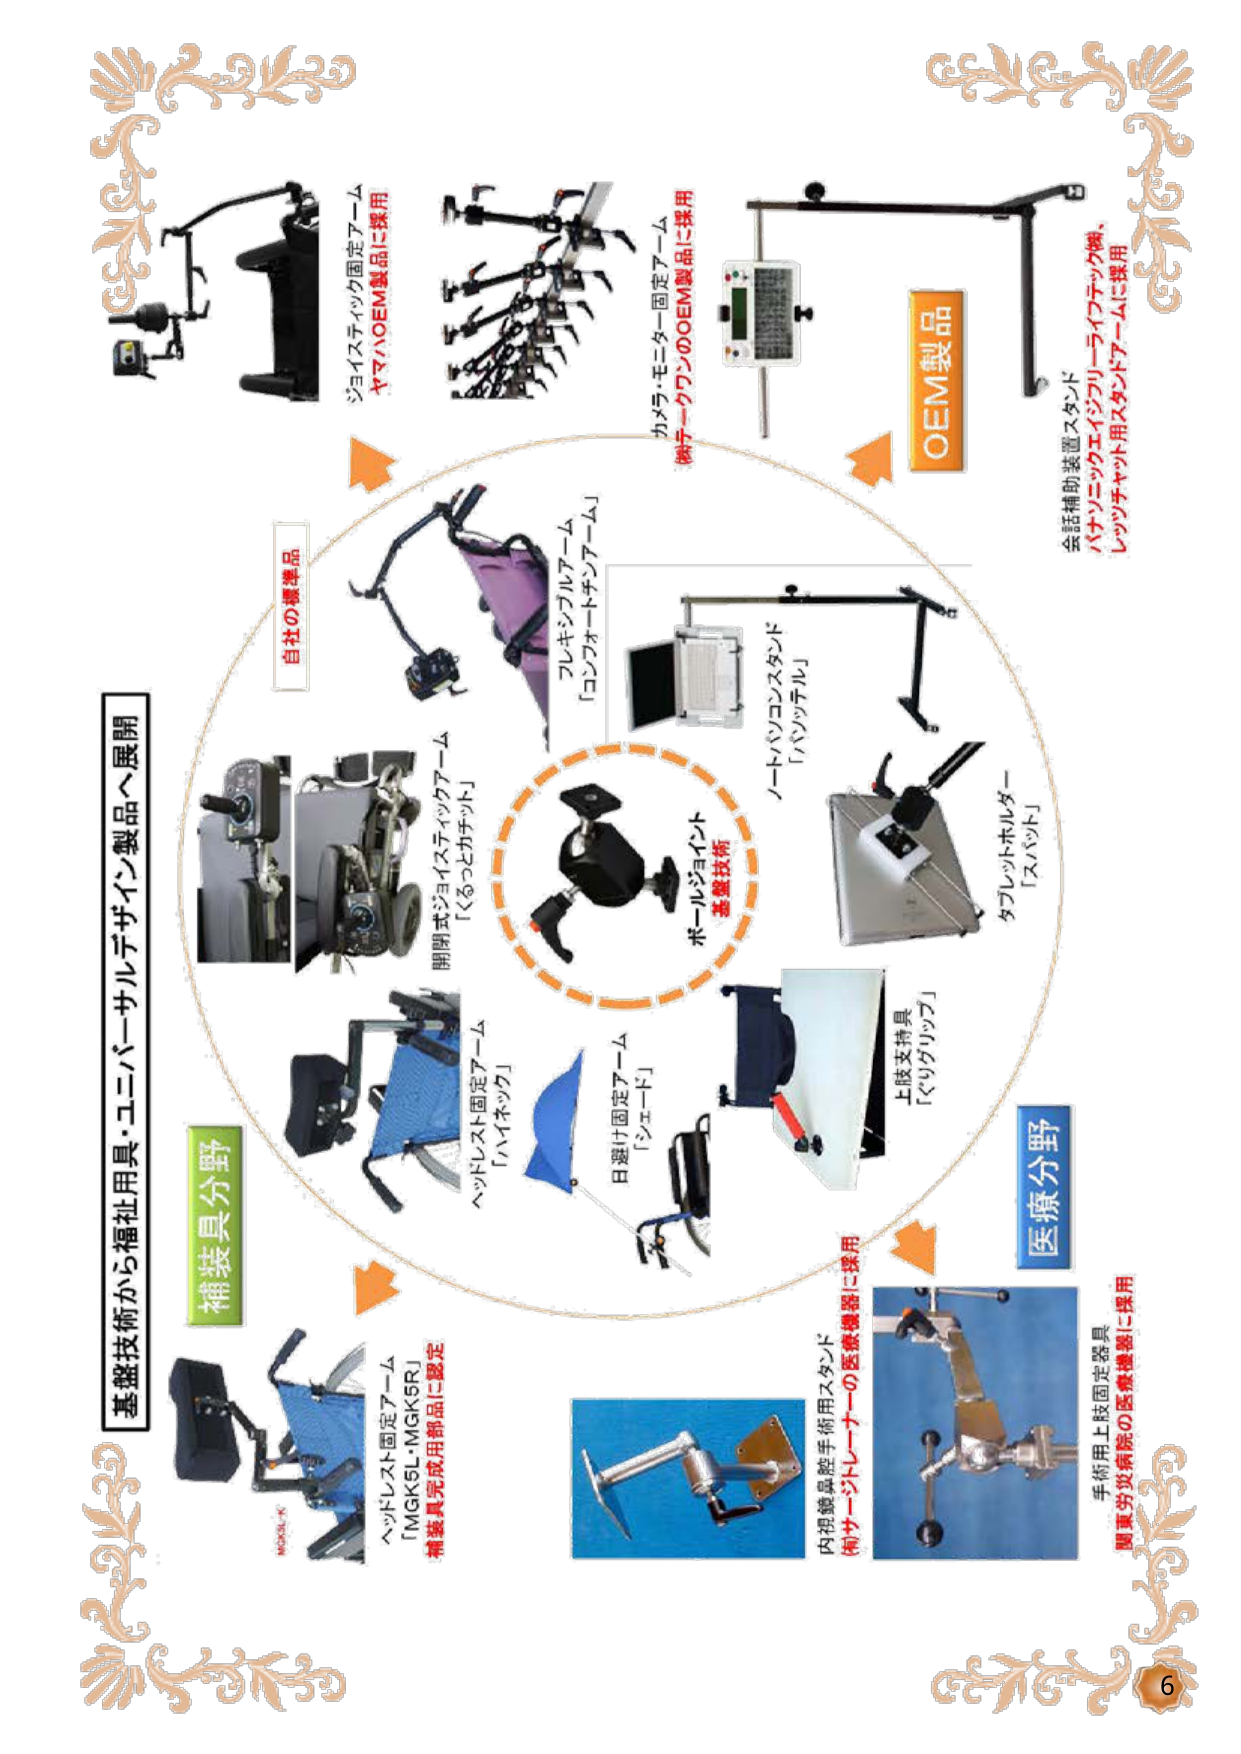
基礎技術から福祉用具・ユニバーサルデザイン製品へ展開

自社の標準品

ジョイスティック固定アーム
ヤマハOEM製品に採用

開閉式ジョイスティックアーム
「くるっとカチット」

ヘッドレスト固定アーム
「ハイネック」

日避け固定アーム
「シェード」

上肢支持具
「ぐりグリッフ」

タブレットホルダー
「スパット」

ノートパソコンスタンド
「パッチル」

フレキシブルアーム
「コンフォートギンアーム」

カメラ・モニター固定アーム
映テークワンのOEM製品に採用

OEM製品

会話補助装置スタンド
パナソニックエイジフリーライフテック㈱、
レッツチャット用スタンドアームに採用

補装具分野

ヘッドレスト固定アーム
「MGK5L・MGK5R」
補装具完成用部品に認定

医療分野

内視鏡鼻腔手術用スタンド
(株)サージトレーナーの医療機器に採用

手術用上肢固定器具
関東労災病院の医療機器に採用

ボールジョイント
基礎技術

6